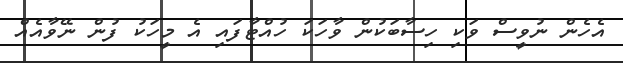
އެހެން ނުވީސް ވަކި ހިސާބަކުން ވާހަކަ ހުއްޓާފައި އެ މީހަކު ފުން ނޭވާއެއް